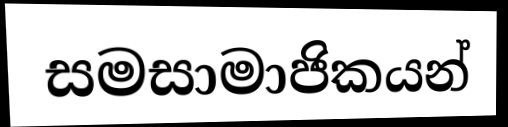
සමසාමාජිකයන්